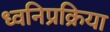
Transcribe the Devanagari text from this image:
ध्वनिप्रक्रिया